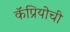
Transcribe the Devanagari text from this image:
कॅप्रियोची